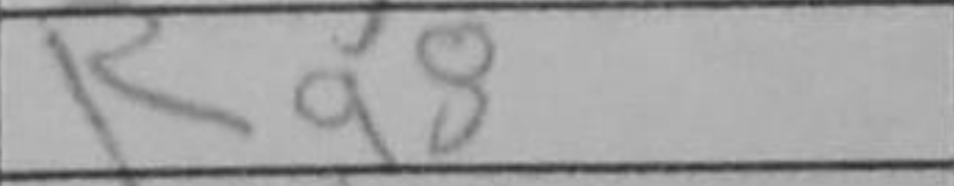
Transcription: Ra8